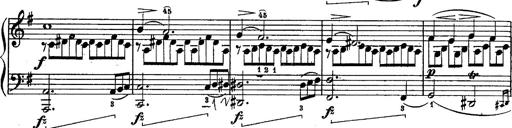
Title: Schubert's Impromptus [revised and edited by Franz Liszt]
Composer: Franz Liszt